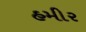
હમીર